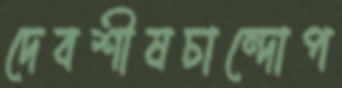
দেবশীষচান্দোপ